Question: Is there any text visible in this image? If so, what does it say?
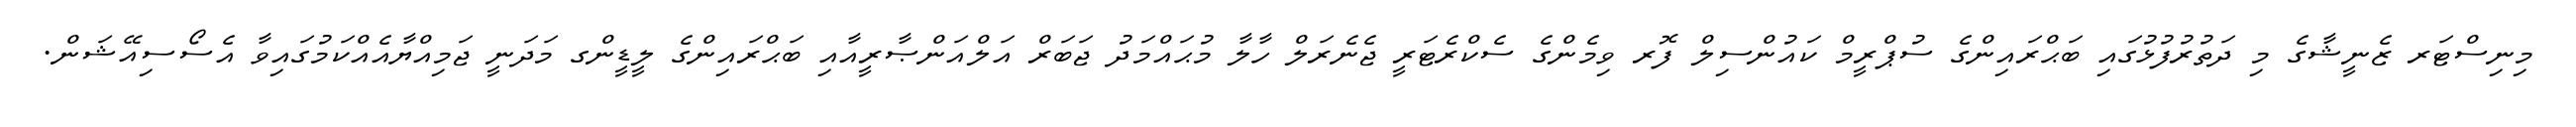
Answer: މިނިސްޓަރ ޒެނީޝާގެ މި ދަތުރުފުޅުގައި ބަޙްރައިންގެ ސުޕްރީމް ކައުންސިލް ފޮރ ވިމެންގެ ސެކްރެޓަރީ ޖެނެރަލް ހާލާ މުޙައްމަދު ޖަބަރް އަލްއަންޞާރީއާއި ބަޙްރައިންގެ ލީޑީންގ މަދަނީ ޖަމިއްޔާއެއްކަމުގައިވާ އެސޯސިއޭޝަން.